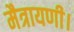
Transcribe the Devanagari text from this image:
मैत्रायणी।